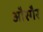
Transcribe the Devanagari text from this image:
औरगैर